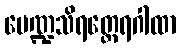
မေဏ္ဍသိရတ္ထေရဂါထာ